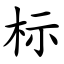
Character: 标